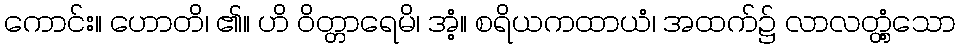
ကောင်း။ ဟောတိ၊ ၏။ ဟိ ဝိတ္တာရေမိ၊ အံ့။ စရိယကထာယံ၊ အထက်၌ လာလတ္တံ့သော